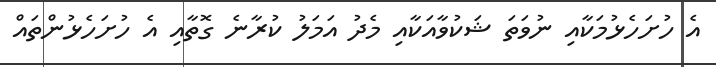
އެ ހުށަހެޅުމަކާއި ނުވަތަ ޝަކުވާއަކާއި މެދު އަމަލު ކުރާނެ ގޮތާއި އެ ހުށަހެޅުންތައް